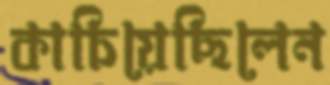
কাচিয়েছিলেন